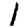
Digit: 1